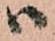
ハ